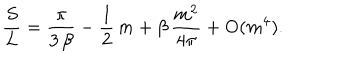
LaTeX: { \frac { S } { L } } = { \frac { \pi } { 3 \, \beta } } - { \frac { 1 } { 2 } } \, m + \beta \, { \frac { m ^ { 2 } } { 4 \pi } } + \mathrm { O } ( m ^ { 4 } ) .